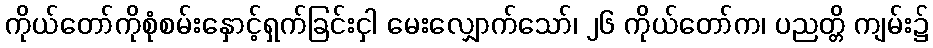
ကိုယ်တော်ကိုစုံစမ်းနှောင့်ရှက်ခြင်းငှါ မေးလျှောက်သော်၊ ၂၆ ကိုယ်တော်က၊ ပညတ္တိ ကျမ်း၌